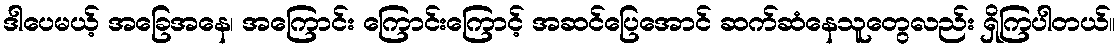
ဒါပေမယ့် အခြေအနေ၊ အကြောင်း ကြောင်းကြောင့် အဆင်ပြေအောင် ဆက်ဆံနေသူတွေလည်း ရှိကြပါတယ်။